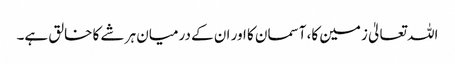
اللہ تعالیٰ زمین کا، آسمان کا اور ان کے درمیان ہر شے کا خالق ہے۔